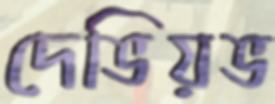
দেভিয়ভ